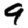
Digit: 9